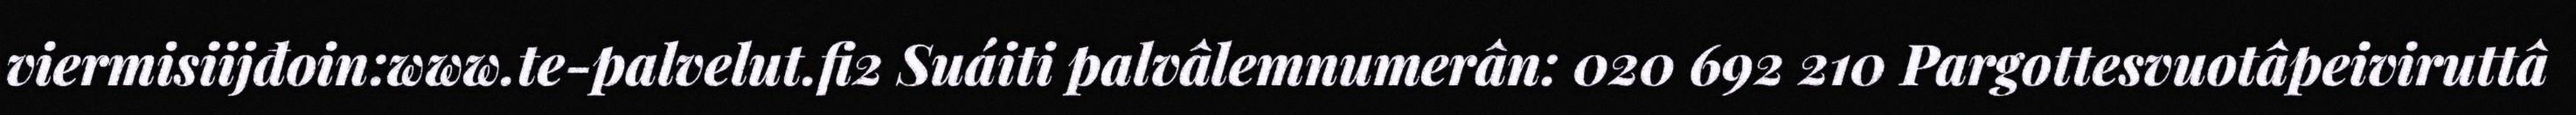
viermisiijđoin:www.te-palvelut.fi2 Suáiti palvâlemnumerân: 020 692 210 Pargottesvuotâpeiviruttâ